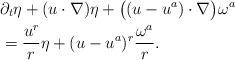
LaTeX: \begin{align*}&\partial_t \eta + (u\cdot \nabla ) \eta + \bigl( (u-u^a) \cdot \nabla \bigr) \omega^a \\& = \frac {u^r} r \eta + (u-u^a)^r \frac{\omega^a}r.\end{align*}